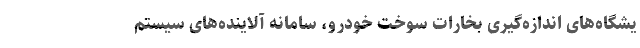
یشگاه‌های اندازه‌گیری بخارات سوخت خودرو، سامانه آلاینده‌های سیستم